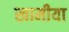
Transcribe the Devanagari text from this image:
खामीया